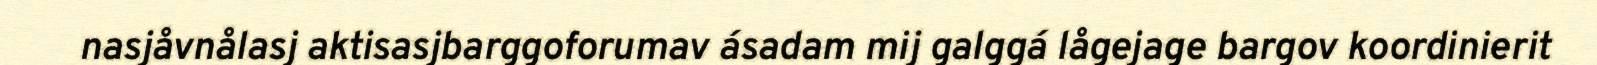
nasjåvnålasj aktisasjbarggoforumav ásadam mij galggá lågejage bargov koordinierit